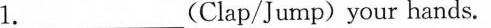
1._(Clap/Jump) your hands.